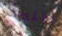
لبلدي